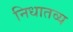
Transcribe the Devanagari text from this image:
निधातव्य